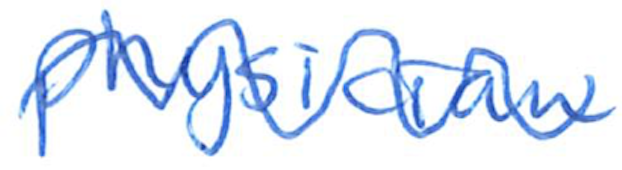
Text: physician
Cross-out: mix
Writing tool: ballpoint